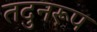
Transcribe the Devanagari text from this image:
तदुनरूप